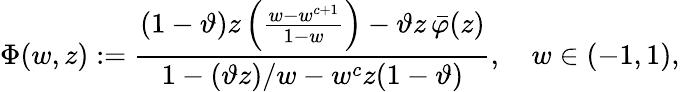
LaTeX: \Phi(w,z):=\frac{(1-\vartheta)z\left(\frac{w-w^{c+1}}{1-w}\right)-\vartheta z\, \bar{\varphi}(z)}{1-(\vartheta z)/w-w^{c}z(1-\vartheta)},\quad w\in(-1,1),